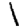
Digit: 1